Civil Veterinary Department. Central Provinces & Berar 1925-31 - 1925-1931
Year: 1925
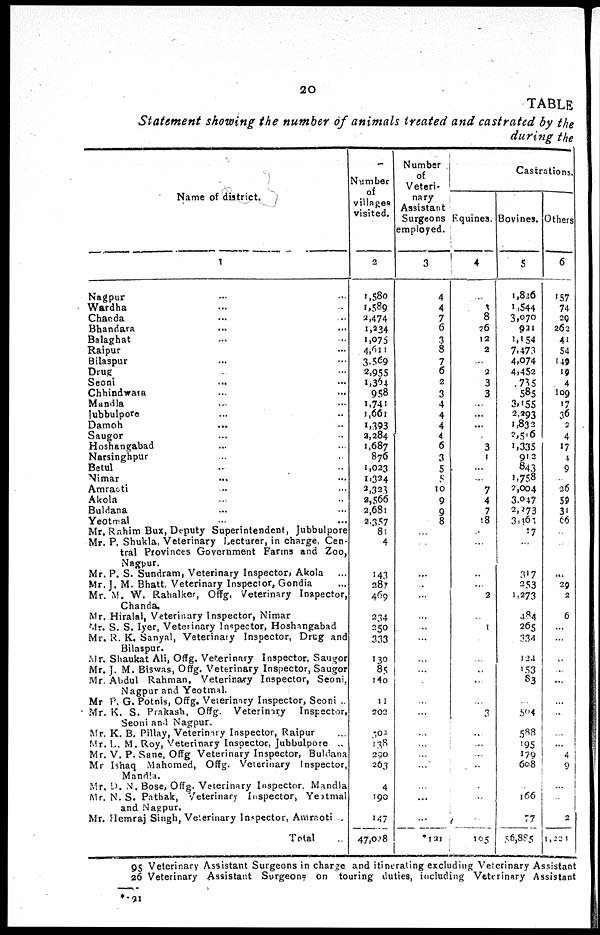
20
TABLE
Statement showing the number of animals treated and castrated by the
during the
Name of district.
1
Nagpur ... ...
Wardha ... ...
Chanda ... ...
Bhandara ... ...
Balaghat ... ...
Raipur ... ...
Bilaspur ... ...
Drug ... ...
Seoni ... ...
Chhindwara ... ...
Mandla ... ...
Jubbulpore ... ...
Damoh ... ..
Saugor ... ..
Hoshangabad ... ...
Narsinghpur ... ..
Betul .. ..
Nimar ... ...
Amraoti... ...
Akola .. ..
Buldana ... ...
Yeotmal ... ...
Mr. Rahim Bux, Deputy Superintendent, Jubbulpore
Mr. P. Shukla, Veterinary Lecturer, in charge, Cen-
tral Provinces Government Farms and Zoo,
Nagpur.
Mr. P. S. Sundram, Veterinary Inspector, Akola ...
Mr. J. M. Bhatt, Veterinary Inspector, Gondia ...
Mr. M. W. Rahalker, Offg. Veterinary Inspector,
Chanda.
Mr. Hiralal, Veterinary Inspector, Nimar
Mr. S. S. Iyer, Veterinary Inspector, Hoshangabad
Mr. R. K. Sanyal, Veterinary Inspector, Drug and
Bilaspur.
Mr. Shaukat Ali, Offg. Veterinary Inspector, Saugor
Mr. J. M. Biswas, Offg. Veterinary Inspector, Saugor
Mr. Abdul Rahman, Veterinary Inspector, Seoni,
Nagpur and Yeotmal.
Mr P. G. Potnis, Offg. Veterinary Inspector, Seoni ..
Mr. K. S. Prakash, Offg.
Veterinary
Inspector,
Seoni and Nagpur.
Mr. K. B. Pillay, Veterinary Inspector, Raipur ...
Mr. L. M. Roy, Veterinary Inspector. Jubbulpore ..
Mr. V. P. Sane, Offg Veterinary Inspector, Buldana
Mr Ishaq Mahomed, Offg. Veterinary Inspector.
Mandla.
Mr. D. N. Bose, Offg. Veterinary Inspector, Mandla
Mr. N.S. Pathak, Veterinary Inspector, Yeotmal
and Nagpur.
Mr. Hemraj Singh, Veterinary Inspector, Amraoti ..
Total ...
Number
of
villages
visited.
2
1,580
1,589
3,474
1,234
1,075
4,611
3,569
2,955
1,364
958
1,741
1,661
1,393
3,284
1,687
876
1,023
1,324
2,323
2,566
2,681
2,357
81
4
143
287
469
234
250
333
130
85
140
11
302
300
138
250
263
4
190
147
47,028
Number
of
Veteri-
nary
Assistant
Surgeons
employed.
3
4
4
7
6
3
8
7
6
2
3
4
4
4
4
6
3
5
5
10
9
9
8
...
...
...
...
...
...
...
...
..
...
...
...
...
...
...
...
...
...
...
...
*121
Castrations.
Equines.
4
1
8
26
12
2
...
2
3
3
...
...
...
...
3
1
...
...
7
4
7
18
...
...
...
...
2
...
1
...
...
...
...
...
3
...
...
...
...
...
...
...
105
Bovines.
5
1,826
1,544
3,070
921
1,154
7,473
4,074
4,452
735
585
3,155
2,293
1,832
2,516
1,335
912
843
1,758
5,004
3,047
2,273
3,167
17
...
317
253
1,273
484
265
334
124
153
83
...
504
588
195
179
608
...
166
77
56,885
Others
6
157
74
29
262
41
54
149
19
4
109
17
36
3
4
17
4
9
...
26
59
31
66
...
...
...
29
2
6
...
...
..
...
...
...
...
...
...
4
9
...
...
2
1,221
95 Veterinary Assistant Surgeons in charge and itinerating excluding Veterinary Assistant
26 Veterinary Assistant Surgeon? on touring duties, including Veterinary Assistant
* 121